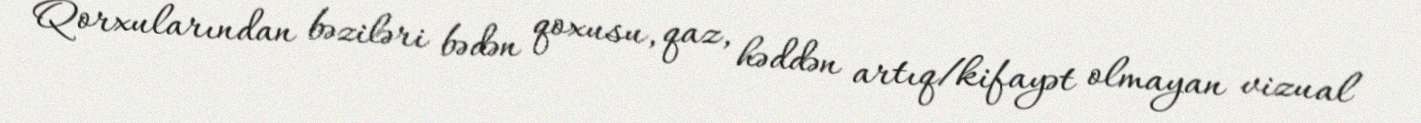
Qorxularından bəziləri bədən qoxusu, qaz, həddən artıq/kifayət olmayan vizual